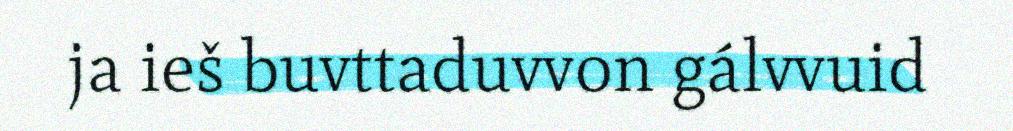
ja ieš buvttaduvvon gálvvuid